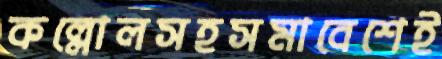
কল্লোলসহসমাবেশেই